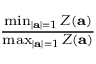
\begin{array} { r } { \frac { \operatorname* { m i n } _ { | \mathbf { a } | = 1 } Z ( \mathbf { a } ) } { \operatorname* { m a x } _ { | \mathbf { a } | = 1 } Z ( \mathbf { a } ) } } \end{array}